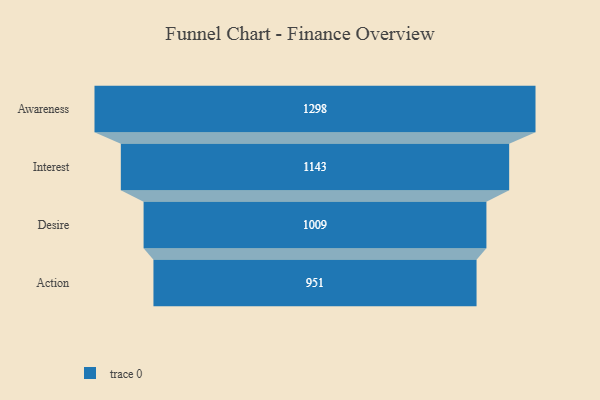
{"axis": {"x": "Stage", "y": "Value"}, "legend": [""], "data": [{"x": "Awareness", "y": 1298.0, "type": ""}, {"x": "Interest", "y": 1143.0, "type": ""}, {"x": "Desire", "y": 1009.0, "type": ""}, {"x": "Action", "y": 951.0, "type": ""}]}